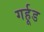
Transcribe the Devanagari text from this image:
गर्हूड